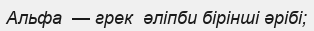
Альфа  — грек  әліпби бірінші әрібі;